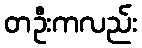
တဦးကလည်း